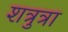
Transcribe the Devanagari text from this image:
शत्रुत्रा